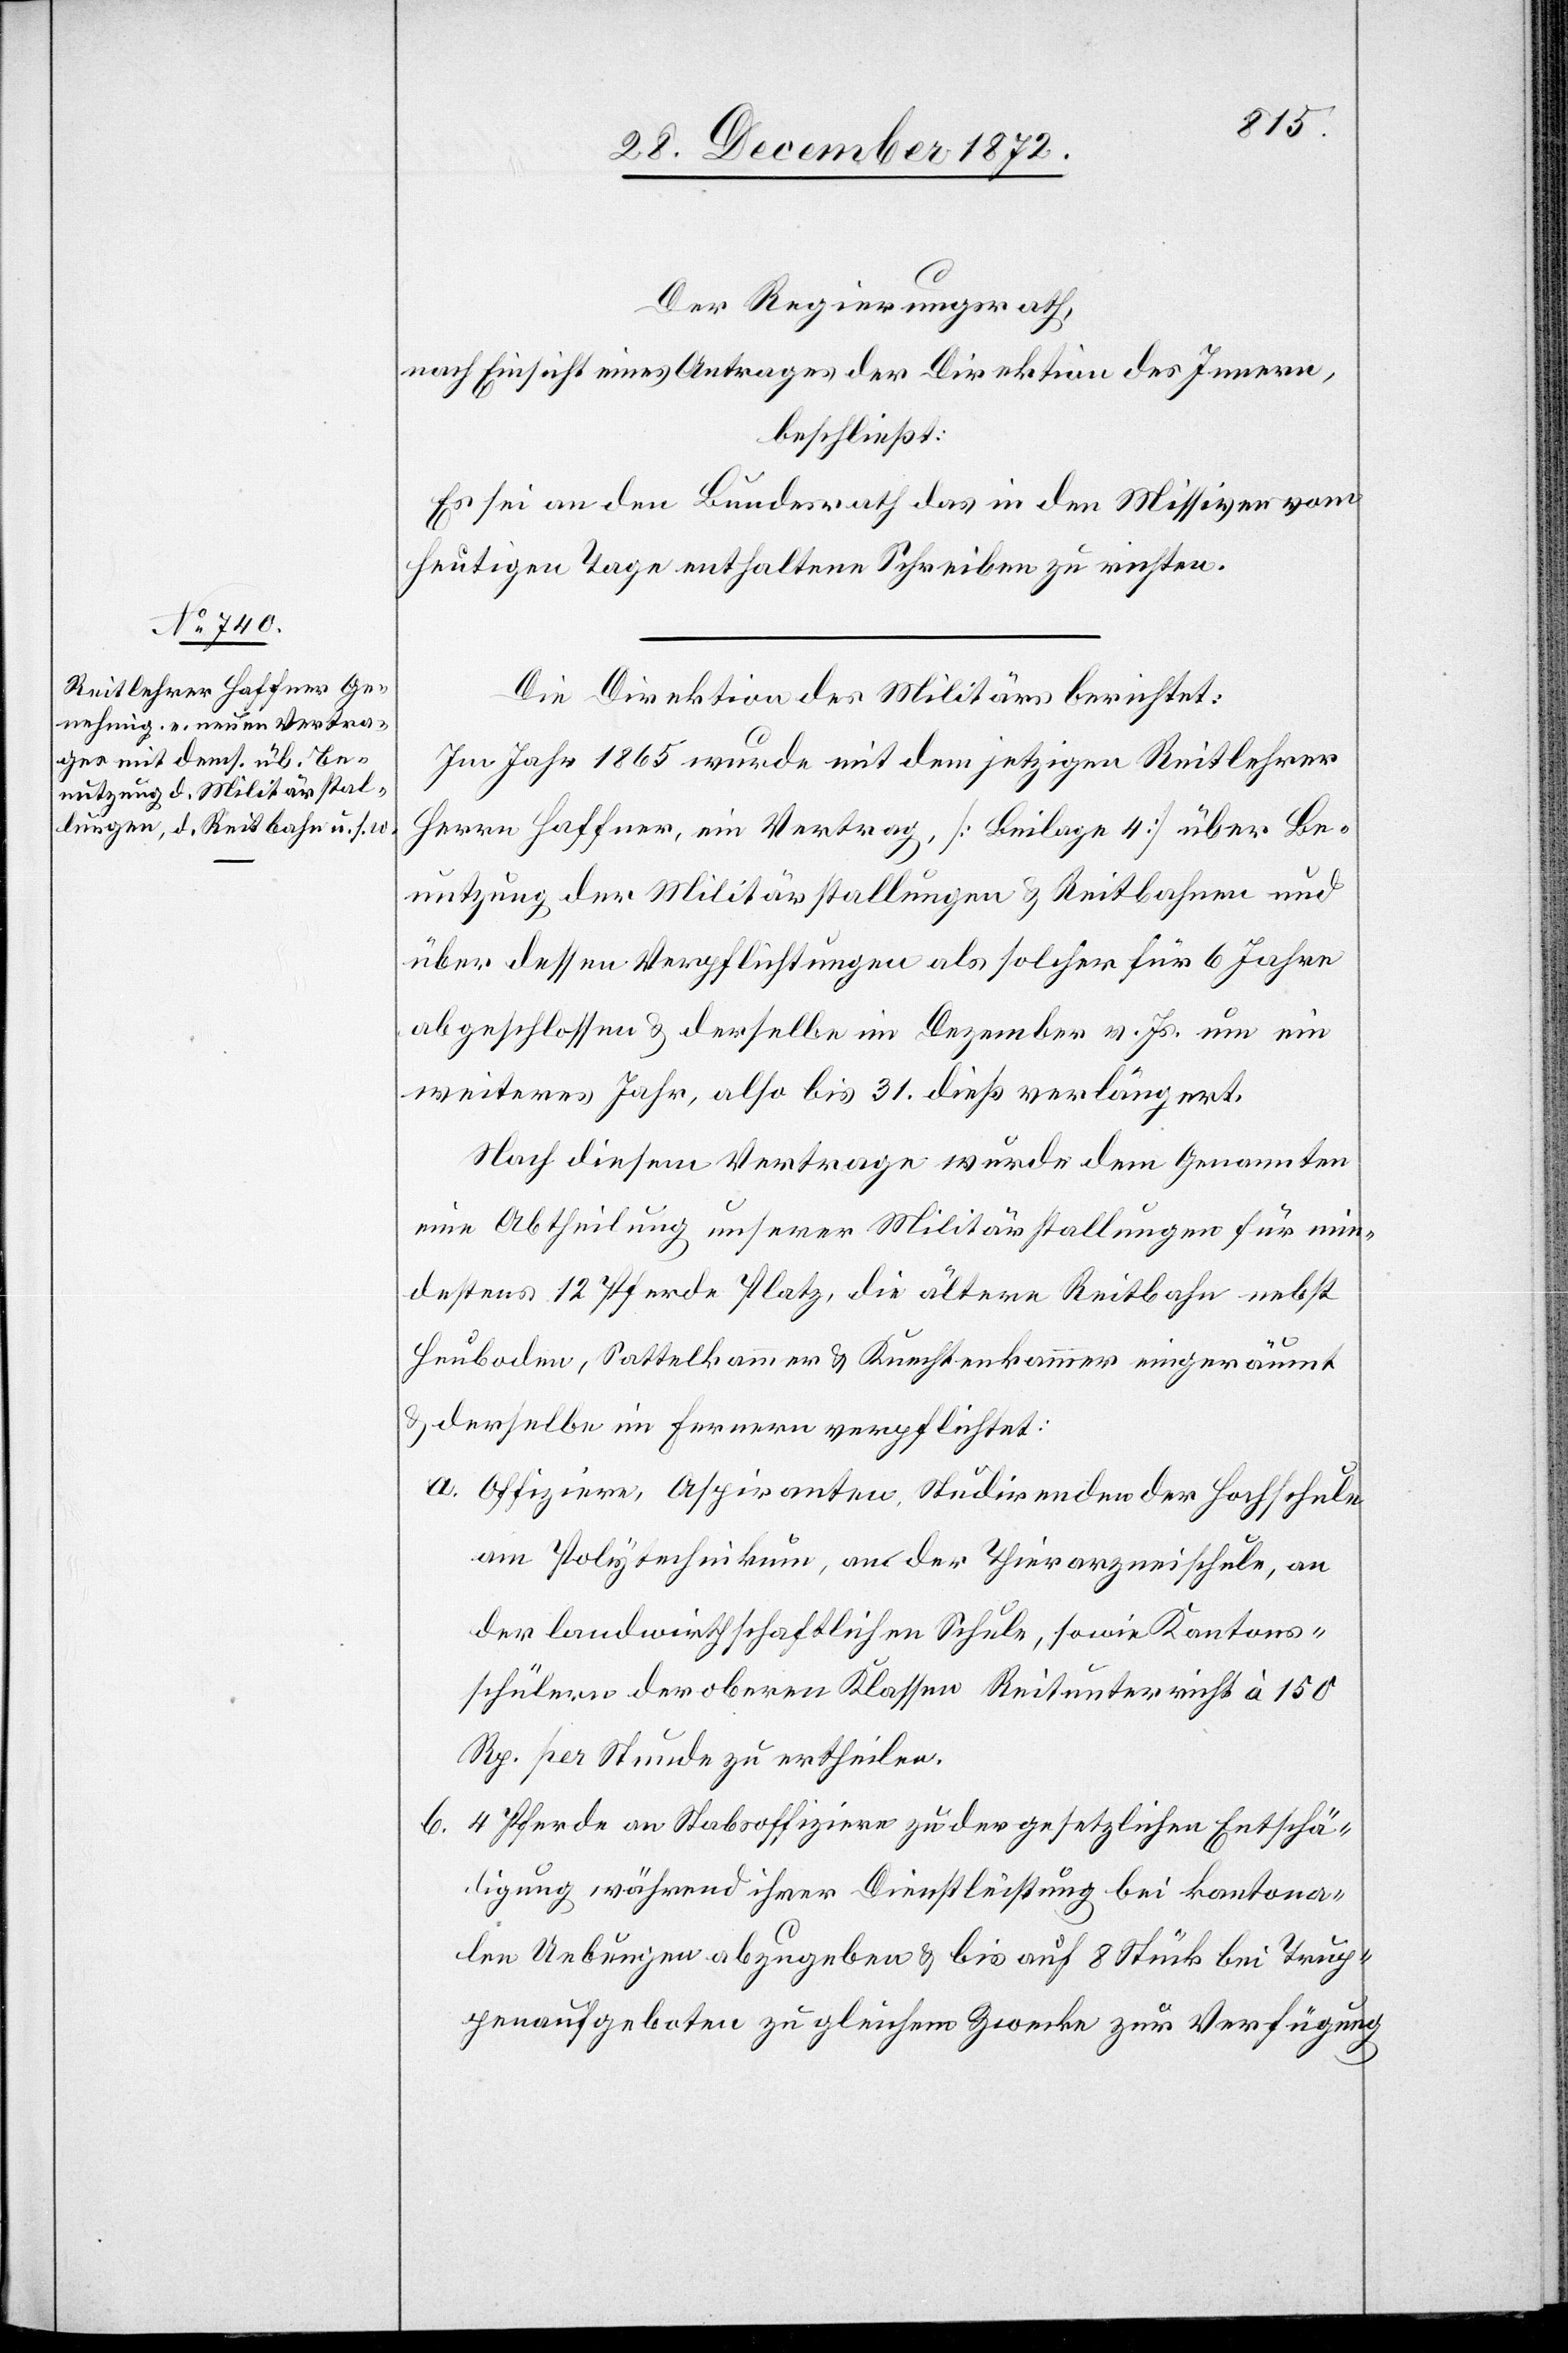
Der Regierungsrath,
nach Einsicht eines Antrages der Direktion des Innern,
beschließt:
Es sei an den Bundesrath das in den Missiven vom
heutigen Tage enthaltene Schreiben zu richten.
Die Direktion des Militärs berichtet:
Im Jahr 1865 wurde mit dem jetzigen Reitlehrer
Herrn Haffner ein Vertrag, [Beilage 4] über Be¬
nutzung der Militärstallungen u. Reitbahnen und
über dessen Verpflichtungen als solcher für 6 Jahre
abgeschlossen u. derselbe im Dezember v. Js. um ein
weiteres Jahr, also bis 31. dieß verlängert.
Nach diesem Vertrage wurde dem Genannten
eine Abtheilung unserer Militärstallungen für min¬
destens 12 Pferde Platz, die ältere Reitbahn nebst
Heuboden, Sattelkammer u. Knechtenkammer eingeräumt
u. derselbe im Ferneren verpflichtet:
a. Offizieren, Aspiranten, Studirenden der Hochschule
am Polytechnikum, an der Thierarzneischule, an
der landwirthschaftlichen Schule, sowie Kantons¬
schülern der oberen Klassen Reitunterricht à 150
Rp. per Stunde zu ertheilen.
4 Pferde an Stabsoffizier zu der gesetzlichen Entschä¬
digung während ihrer Dienstleistung bei kantona¬
len Uebungen abzugeben u. bis auf 8 Stück bei Trup¬
penaufgeboten zu gleichem Zwecke zur Verfügung